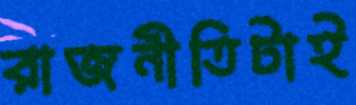
রাজনীতিটাই